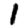
Digit: 1